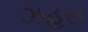
ઝહરા